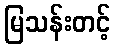
မြသန်းတင့်